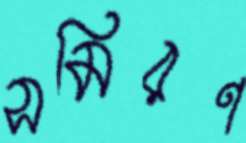
সমিরণ